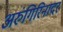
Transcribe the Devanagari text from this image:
अरुंगिरिनादर